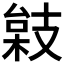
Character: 𢻙